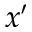
x ^ { \prime }